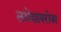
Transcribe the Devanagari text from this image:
लग्नेशाबरोबर